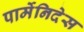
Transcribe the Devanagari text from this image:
पार्मेनिदेस